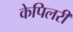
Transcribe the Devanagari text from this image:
केपिलरी